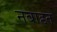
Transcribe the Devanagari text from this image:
नबाहत